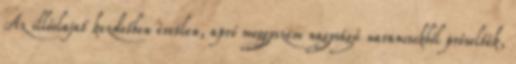
Az illóolajat kezdetben éretlen, apró meggyszem nagyságú narancsokból préselték,